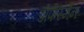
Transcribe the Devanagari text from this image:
डोर्फस्मैन